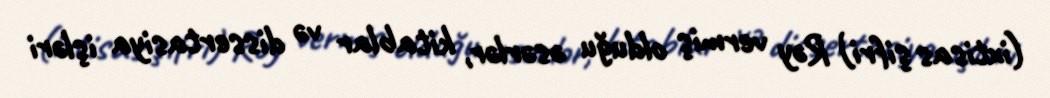
(ixtisas şifri) Rəy vermiş olduğu əsərlər, kitablar və dissertasiya işləri